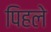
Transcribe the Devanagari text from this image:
पिहले